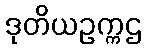
ဒုတိယဥက္ကဌ